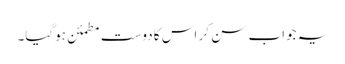
یہ جواب سن کر اس کا دوست مطمئن ہوگیا۔